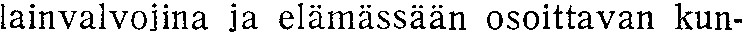
lainvalvojina ja elämässään osoittavan kun-